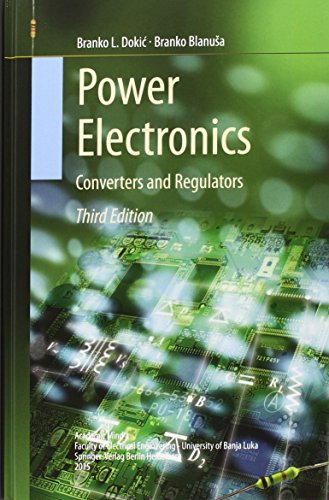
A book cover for Power Electronics: Converters and Regulators; Branko L. Dokic; Science & Math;